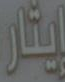
إيثار